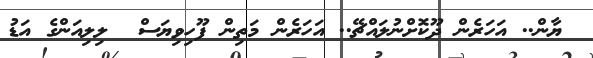
ޔާން.. އަހަރެން ދޫކޮށްނުލައްޗޭ.. އަހަރެން މަތިން ފޫހިވިޔަސް  ލިލިއަންގެ އަޑު